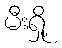
မီးရှို့